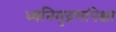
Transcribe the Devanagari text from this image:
ध्वनिमुद्रणांपेक्षा